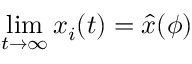
\operatorname* { l i m } _ { t \to \infty } x _ { i } ( t ) = \hat { x } ( \phi )